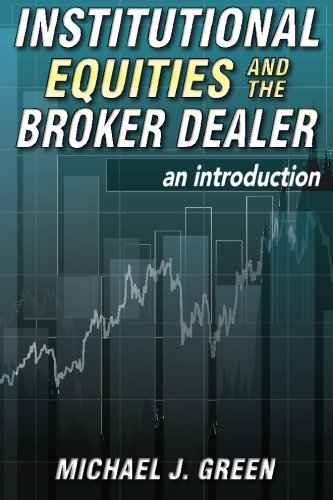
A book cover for Institutional Equities and the Broker Dealer: An Introduction; Michael J. Green; Business & Money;